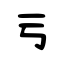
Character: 亏